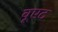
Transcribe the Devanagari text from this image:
वूएट